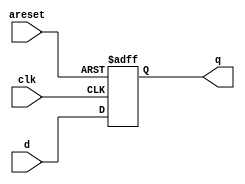
//2022_11_1 kerong
//DFF with asynchronous reset
module top_module (
    input clk,
    input areset,   // active high asynchronous reset
    input [7:0] d,
    output reg [7:0] q
);

always @(posedge clk , posedge areset)begin
    if(areset)begin
        q <= 8'd0;
    end
    else begin
        q <= d;
    end
end

endmodule